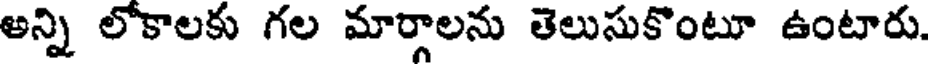
అన్ని లోకాలకు గల మార్గాలను తెలుసుకొంటూ ఉంటారు.